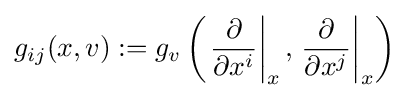
g_{ij}(x,v):=g_{v}\left(\left.{\frac {\partial }{\partial x^{i}}}\right|_{x},\left.{\frac {\partial }{\partial x^{j}}}\right|_{x}\right)